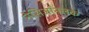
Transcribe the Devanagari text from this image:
नेसिऑनलके